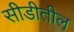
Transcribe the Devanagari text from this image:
सीडीतील